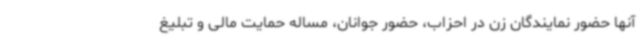
آنها حضور نمایندگان زن در احزاب، حضور جوانان، مساله حمایت مالی و تبلیغ